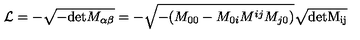
{ \cal L } = - \sqrt { - \mathrm { d e t } M _ { \alpha \beta } } = - \sqrt { - ( M _ { 0 0 } - M _ { 0 i } M ^ { i j } M _ { j 0 } ) } \sqrt \mathrm { { d e t } M _ { i j } }